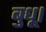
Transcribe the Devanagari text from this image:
बुधू।